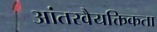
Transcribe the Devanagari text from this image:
आंतरवैयक्तिकता